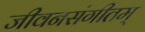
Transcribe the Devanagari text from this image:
जीवनसंगीतम्